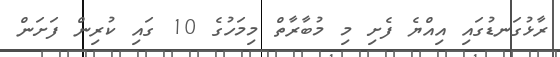
ރާޅުގަނޑުގައި އިއްޔެ ފެށި މި މުބާރާތް މިމަހުގެ 10 ގައި ކުރިން ފަށަން